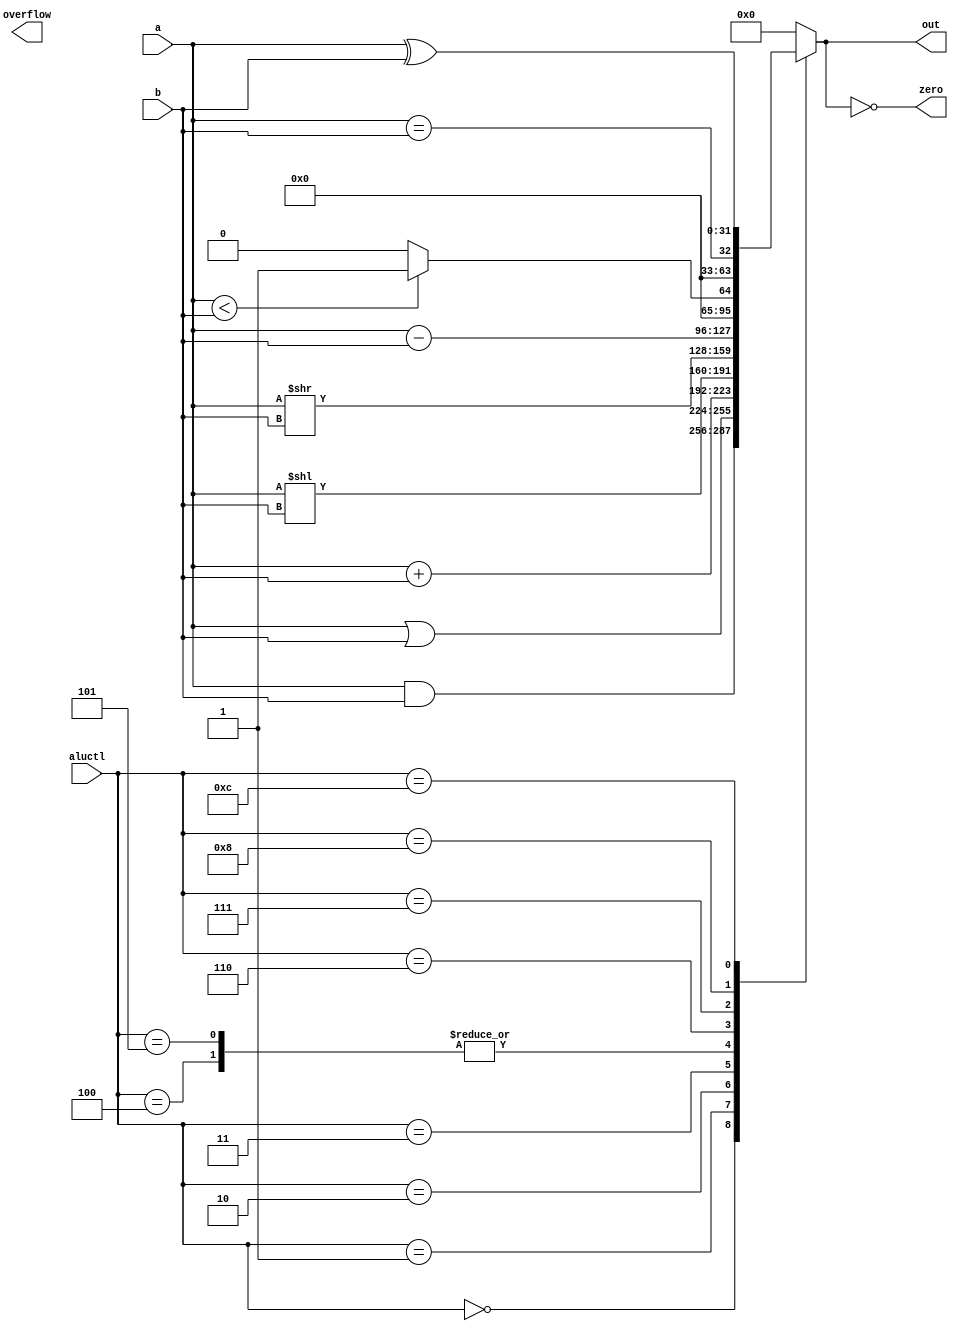
module alu(aluctl, a, b, out, zero, overflow);

    input [3:0] aluctl; 

    input [31:0] a;
    input [31:0] b;

    output reg [31:0] out;
    output zero, overflow;

    assign zero = (out == 0);

    always @ (aluctl, a, b)
        begin
            case (aluctl)
                0: out <= a & b;
                1: out <= a | b;
                2: out <= a + b;
                3: out <= a << b; // do b[4:0] later
                4: out <= a >> b;
                5: out <= a >> b;
                6: out <= a - b;
                7: out <= (a < b ? 1: 0);
                8: out <= (a == b);
                12: out <= a ^ b;
                default: out <= 0;
            endcase
        end

endmodule